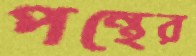
পন্থের